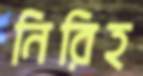
নিরিহ